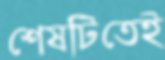
শেষটিতেই